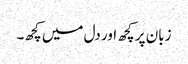
زبان پر کچھ اور دل میں کچھ۔